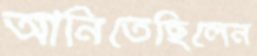
আনিতেছিলেন